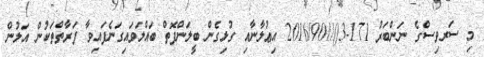
މި ސަރވިސްގެ ނަންބަރު 171-3()//2016/90 އިޢުލާނާއި ގުޅިގެން ބީލަންފޮތް ބައްލަވައިގަނެފައިވާ ފަރާތްތަކުން އަލުން